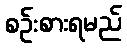
စဉ်းစားရမည်